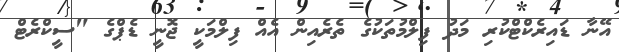
އޭނާ ޑައިރެކްޓްކުރި މަދު ފިލްމުތަކުގެ ތެރެއިން އެއް ފިލްމަކީ ޖޮނީ ޑެޕްގެ "ސީކްރެޓް